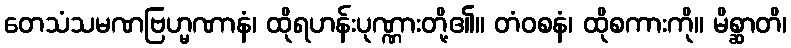
တေသံသမဏဗြဟ္မဏာနံ၊ ထိုရဟန်းပုဏ္ဏားတို့၏။ တံဝစနံ၊ ထိုစကားကို။ မိစ္ဆာတိ၊